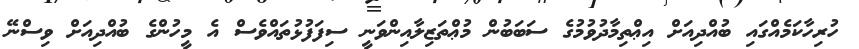
ހުރިހާކަމެއްގައި ބުއްދިއަށް އިޢްތިމާދުވުމުގެ ސަބަބުން މުޢްތަޒިލާއިންވަނީ ސިފަފުޅުތައްވެސް އެ މީހުންގެ ބުއްދިއަށް ވިސްނޭ